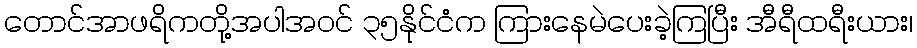
တောင်အာဖရိကတို့အပါအဝင် ၃၅နိုင်ငံက ကြားနေမဲပေးခဲ့ကြပြီး အီရီထရီးယား၊